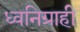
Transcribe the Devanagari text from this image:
ध्वनिग्राही